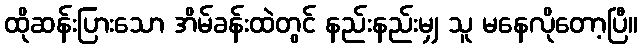
ထိုဆန်းပြားသော အိမ်ခန်းထဲတွင် နည်းနည်းမျှ သူ မနေလိုတော့ပြီ။